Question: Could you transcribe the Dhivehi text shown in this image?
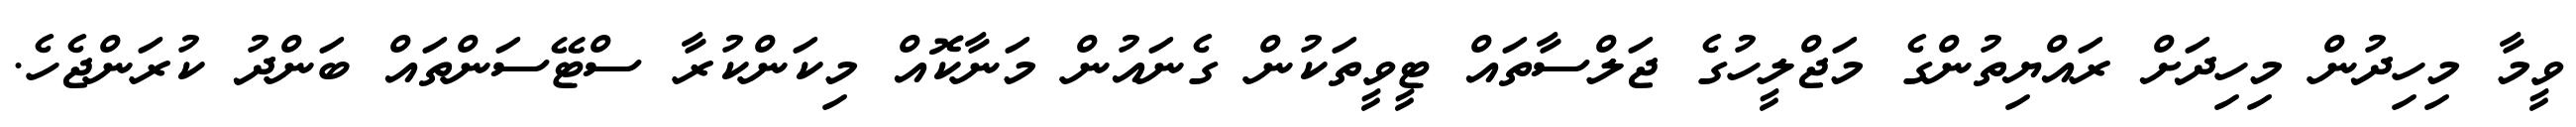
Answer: ވީމާ މިހިދުން މިހިދަށް ރައްޔިތުންގެ މަޖްލީހުގެ ޖަލްސާތައް ޓީވީތަކުން ގެނައުން މަނާކޮއް މިކަންކުރާ ސްޓޭސަންތައް ބަންދު ކުރަންޖެހެ.